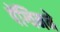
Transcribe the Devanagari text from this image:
पेंग्विनने